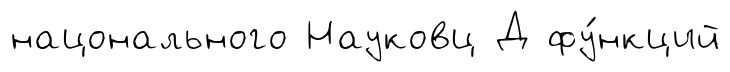
нацонального Науковц Д фу́нкций